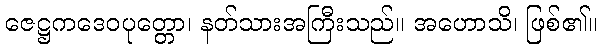
ဇေဋ္ဌကဒေဝပုတ္တော၊ နတ်သားအကြီးသည်။ အဟောသိ၊ ဖြစ်၏။